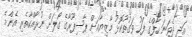
އަދި ދެވަނަ ހާފްގެ ފަހު ވަގުތުކޮޅު މާޒިޔާއަށް ޕާސިޕޫރާގެ ގޯލަށް ނުރާއްކާތެރި އެންމެ